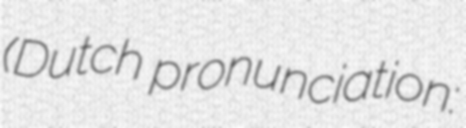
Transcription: (Dutch pronunciation: